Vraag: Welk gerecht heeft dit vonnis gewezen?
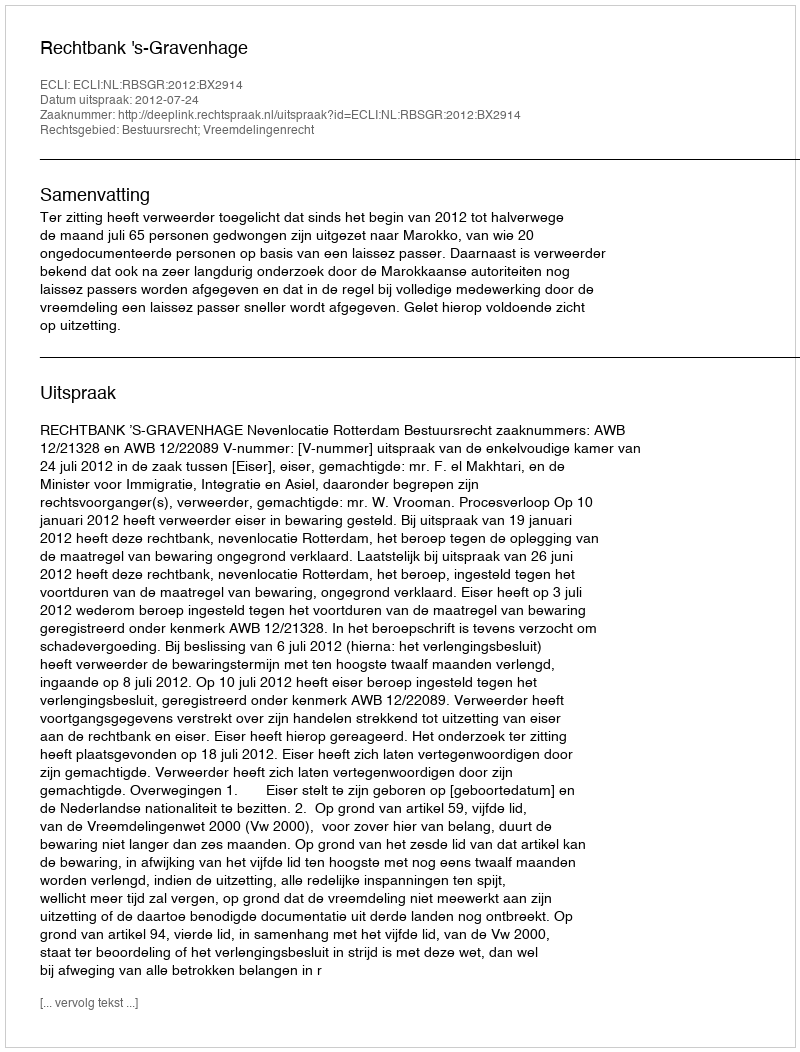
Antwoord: Rechtbank 's-Gravenhage